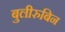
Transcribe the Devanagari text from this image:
बुलीरुबिन